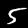
Label: 5